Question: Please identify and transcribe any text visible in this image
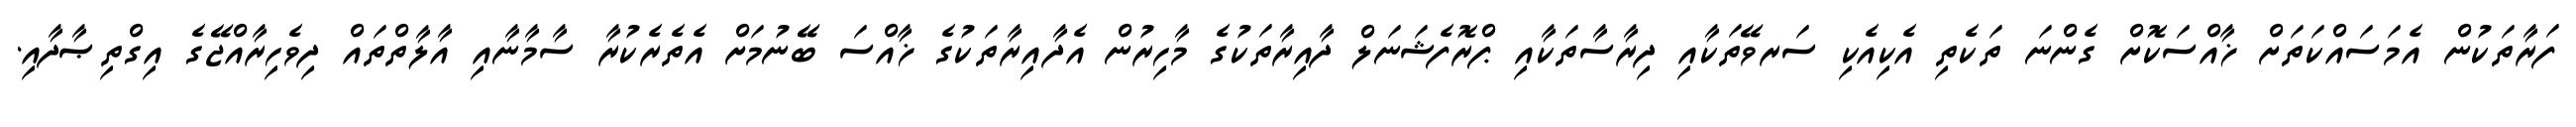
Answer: ފަރާތަކުން އެމަސައްކަތަށް ޚާއްސަކޮށް ގެންނަ ތަކެތި އެކިއެކި ސަރވޭތަކާއި ދިރާސާތަކާއި ޕްރޮފެޝަނަލް ދާއިރާތަކުގެ މާހިރުން އެދާއިރާތަކުގެ ޚާއްސަ ބޭނުމަށް އެތެރެކުރާ ސާމާނާއި އާލާތްތައް ދިވެހިރާއްޖޭގެ އިގްތިޞާދާއި.